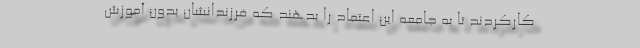
کارکردند تا به جامعه این اعتماد را بدهند که فرزندانشان بدون آموزش